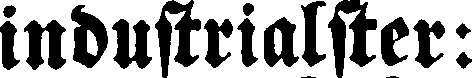
industrialster: